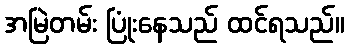
အမြဲတမ်း ပြုံးနေသည် ထင်ရသည်။